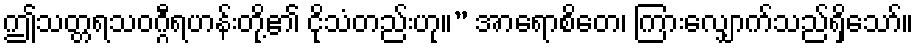
ဤသတ္တရသဝဂ္ဂီရဟန်းတို့၏ ငိုသံတည်းဟု။” အာရောစိတေ၊ ကြားလျှောက်သည်ရှိသော်။